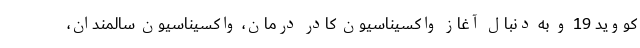
کووید 19 و به دنبال آغاز واکسیناسیون کادر درمان، واکسیناسیون سالمندان،